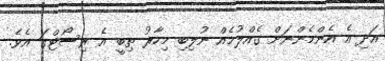
އަދި އެ އެންމެންނަށް ގެއްލުމެއް ނުލިބި މިހާރު ތިބީ އެ ރިސޯޓްގަ އެވެ.